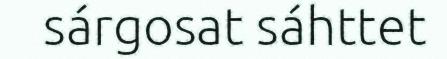
sárgosat sáhttet